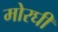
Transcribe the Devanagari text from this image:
मोरघी